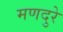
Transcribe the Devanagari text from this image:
मणदुरे